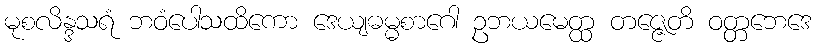
မုစလိန္ဒသရံ ဘဝံပေါသထိကော ဒေယျဓမ္မစာဂေါ ဥဘယမေတ္ထ တဇ္ဇေတိ ဝတ္တဘေဒေ